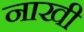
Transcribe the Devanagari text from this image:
नाखी